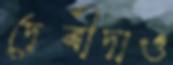
দেবীদাও